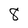
Character: 8